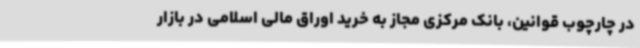
در چارچوب قوانین، بانک مرکزی مجاز به خرید اوراق مالی اسلامی در بازار